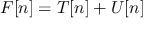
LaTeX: F [ n ] = T [ n ] + U [ n ]